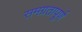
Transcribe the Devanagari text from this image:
समग्रतापूर्ण